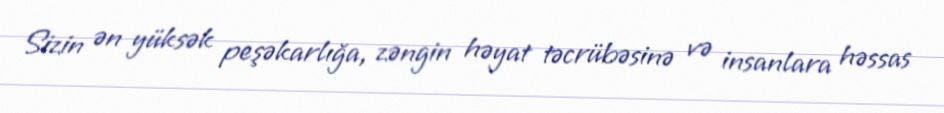
Sizin ən yüksək peşəkarlığa, zəngin həyat təcrübəsinə və insanlara həssas